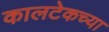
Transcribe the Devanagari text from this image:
कालटेकच्या